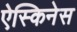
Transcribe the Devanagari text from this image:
ऐस्किनेस